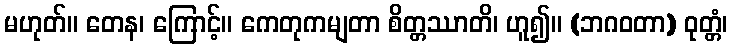
မဟုတ်။ တေန၊ ကြောင့်။ ကေတုကမျတာ စိတ္တဿာတိ၊ ဟူ၍။ (ဘဂဝတာ) ဝုတ္တံ၊